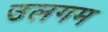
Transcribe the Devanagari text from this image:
उलगम